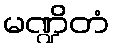
မဏ္ဍိတံ